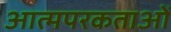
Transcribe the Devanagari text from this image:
आत्मपरकताओं